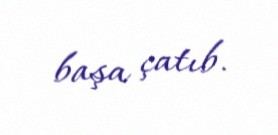
başa çatıb.